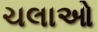
ચલાઓ